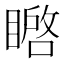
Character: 𭿚